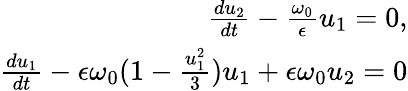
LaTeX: \begin{array}{r}{\frac{du_{2}}{dt}-\frac{\omega_{0}}{\epsilon}u_{1}=0,}\\ {\frac{du_{1}}{dt}-\epsilon\omega_{0}(1-\frac{u_{1}^{2}}{3})u_{1}+\epsilon\omega_{0}u_{2}=0}\end{array}